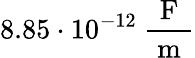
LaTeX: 8.85\cdot 10^{-12}\ \frac{\mathrm{~F~}}{\mathrm{~m~}}